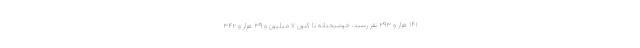
۱۴۱ هزار و ۲۹۳ نفر رسید. خوشبختانه تا کنون ۷ میلیون و ۳۹ هزار و ۳۴۲